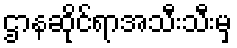
ဌာနဆိုင်ရာအသီးသီးမှ